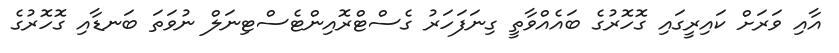
އާއި ވަރަށް ކައިރީގައި ގޮހޮރުގެ ބައެއްވާތީ ގިނަފަހަރު ގެސްޓްރޮއިންޓެސްޓިނަލް ނުވަތަ ބަނޑާއި ގޮހޮރުގެ